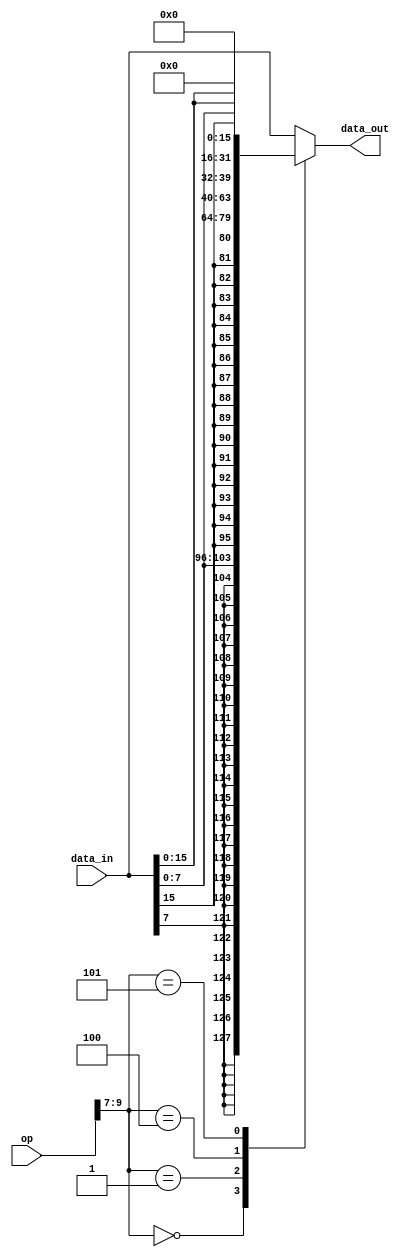
//Github co-pilot was not used
`timescale 1ns / 1ps
module DataExt(
input [31:0]data_in,
input [10:0]op,
output reg [31:0]data_out);

always@(*)
begin
    case(op[9:7])
        3'b000 : data_out <= {{24{data_in[7]}}, data_in[7:0]}; //LB
        3'b001 : data_out <= {{16{data_in[15]}}, data_in[15:0]}; //LH
        3'b100 : data_out <= {{24{1'b0}}, data_in[7:0]}; //LBU
        3'b101 : data_out <= {{16{1'b0}}, data_in[15:0]}; //LHU
        default : data_out <= data_in; //LW
    endcase
    
end


endmodule